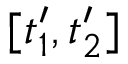
[ t _ { 1 } ^ { \prime } , t _ { 2 } ^ { \prime } ]